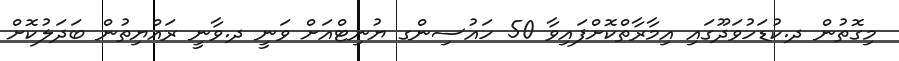
މިގޮތުން ދ.ކުޑަހުވަދޫގައި އިމާރާތްކޮށްފައިވާ 50 ހައުސިންގ ޔުނިޓްއަށް ވަނީ ދ.ވާނީ ރައްޔިތުން ބަދަލުކޮށް